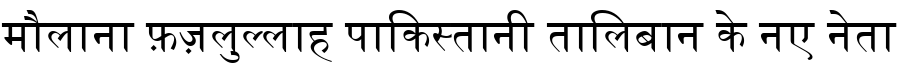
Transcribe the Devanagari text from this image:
मौलाना फ़ज़लुल्लाह पाकिस्तानी तालिबान के नए नेता